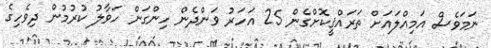
ނަމަވެސް އަމިއްލައަށް ތަރައްޤީކޮށްގެން 25 އަހަރު ވަންދެން ހިންގަން ހަވާލު ކުރުމުން ދިވެހިގެ